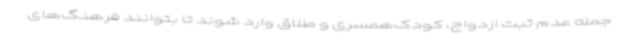
جمله عدم ثبت ازدواج، کودک‌همسری و طلاق وارد شوند تا بتوانند فرهنگ‌های